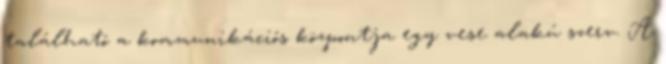
található a kommunikációs központja egy vese alakú szerv. A